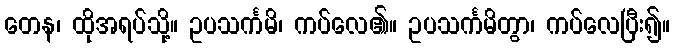
တေန၊ ထိုအရပ်သို့။ ဥပသင်္ကမိ၊ ကပ်လေ၏။ ဥပသင်္ကမိတွာ၊ ကပ်လေပြီး၍။